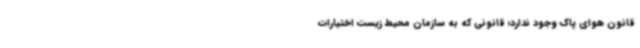
قانون هوای پاک وجود ندارد؛ قانونی که به سازمان محیط‌ زیست اختیارات